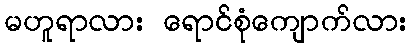
မဟူရာလား ရောင်စုံကျောက်လား